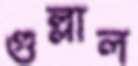
গুল্লাল